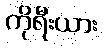
ကိုရီးယား